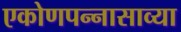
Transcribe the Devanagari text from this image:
एकोणपन्नासाव्या